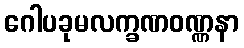
ဂေါပခုမလက္ခဏဝဏ္ဏနာ